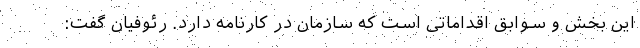
اين بخش و سوابق اقداماتی است كه سازمان در كارنامه دارد. رئوفیان گفت: